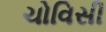
ચોવિસી